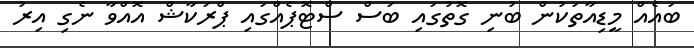
ބައެއް މީޑިއާތަކުން ބުނި ގޮތުގައި ބަސް ސްޓޮޕެއްގައި ޕްރަކާޝް އޮއްވާ ނެގި އިރު